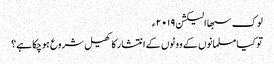
لوک سبھا الیکشن ۲۰۱۹ء
تو کیا مسلمانوں کے ووٹوں کے انتشار کا کھیل شروع ہوچکا ہے؟